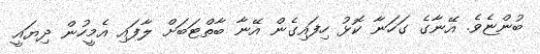
ބުންޏެވެ. އޭނާގެ ގަހަނާ ކޮޅު ހިފައިގެން އޭނާ ބާތްޓަބަށް ލާފައި އެމީހުން ދިޔައީ